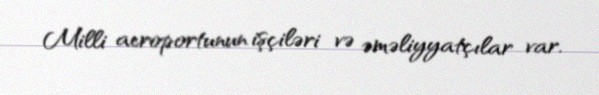
Milli aeroportunun işçiləri və əməliyyatçılar var.